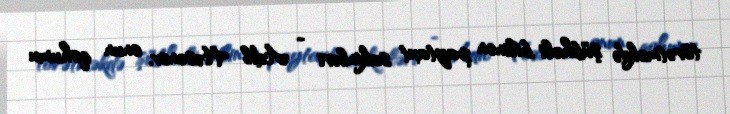
törətməkdə şübhəli bilinən paytaxt sakinləri - Adil Həsənov, onun qohumu